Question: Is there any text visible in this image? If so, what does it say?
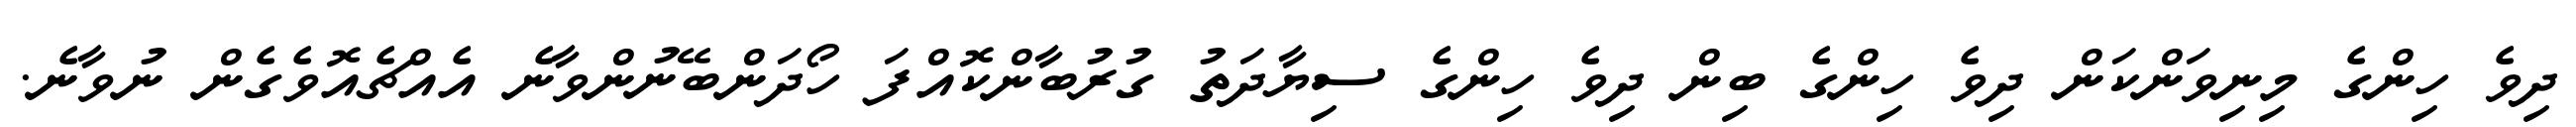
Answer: ދިވެ ހިންގެ މިނިވަންކަން ދިވެ ހިންގެ ބިން ދިވެ ހިންގެ ސިޔާދަތު ގުރުބާންކޮއްފަ ހޯދަންބޭނުންވާނެ އެއްޗެއޮވެގެން ނުވާނެ.